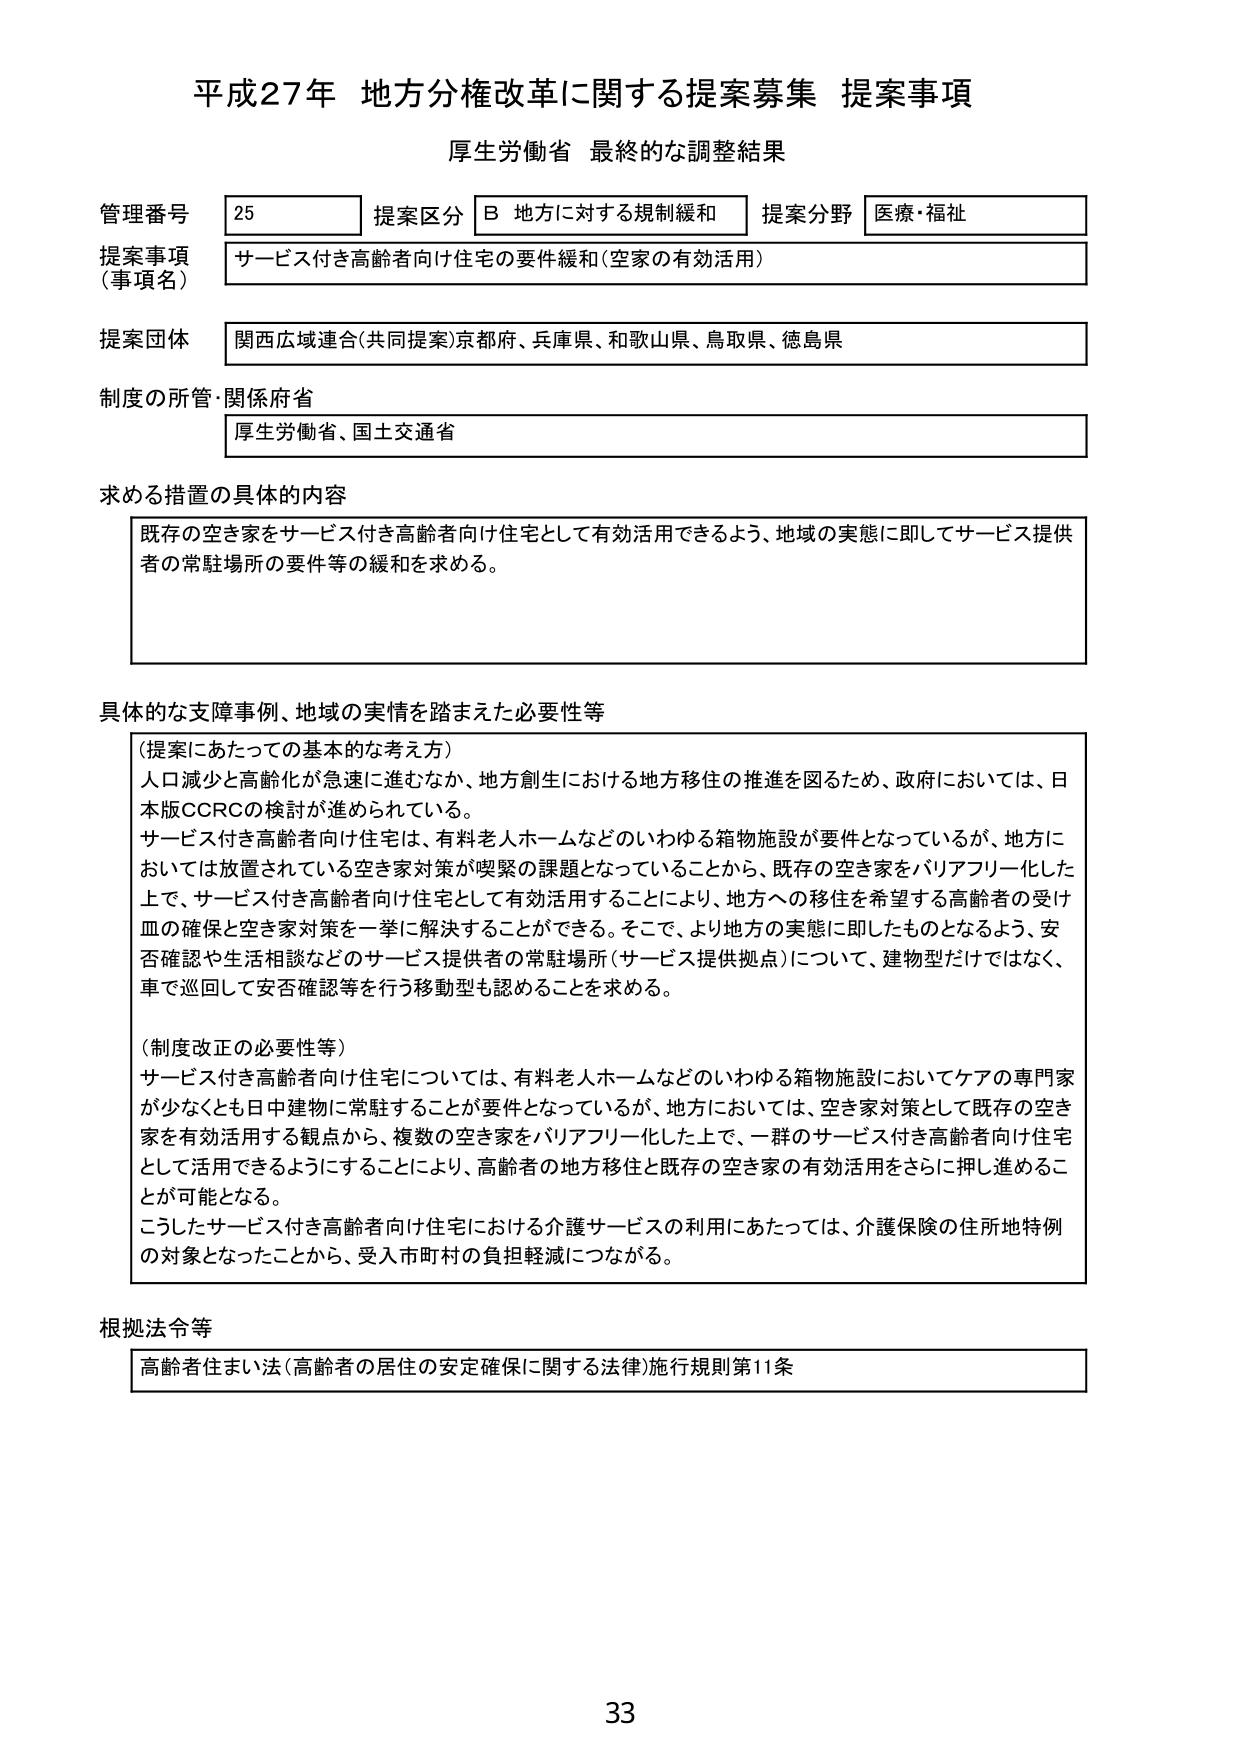
平成27年 地方分権改革に関する提案募集 提案事項
厚生労働省 最終的な調整結果

管理番号 25
提案区分 B 地方に対する規制緩和
提案分野 医療・福祉

提案事項（事項名）
サービス付き高齢者向け住宅の要件緩和（空家の有効活用）

提案団体
関西広域連合（共同提案）京都府、兵庫県、和歌山県、鳥取県、徳島県

制度の所管・関係府省
厚生労働省、国土交通省

求める措置の具体的内容
既存の空き家をサービス付き高齢者向け住宅として有効活用できるよう、地域の実態に即してサービス提供者の常駐場所の要件等の緩和を求める。

具体的な支障事例、地域の実情を踏まえた必要性等
（提案にあたっての基本的な考え方）
人口減少と高齢化が急速に進むなか、地方創生における地方移住の推進を図るため、政府においては、日本版CCRCの検討が進められている。
サービス付き高齢者向け住宅は、有料老人ホームなどのいわゆる箱物施設が要件となっているが、地方においては放置されている空き家対策が喫緊の課題となっていることから、既存の空き家をバリアフリー化した上で、サービス付き高齢者向け住宅として有効活用することにより、地方への移住を希望する高齢者の受け皿の確保と空き家対策を一挙に解決することができる。そこで、より地方の実態に即したものとなるよう、安否確認や生活相談などのサービス提供者の常駐場所（サービス提供拠点）について、建物型だけではなく、車で巡回して安否確認等を行う移動型も認めることを求める。

（制度改正の必要性等）
サービス付き高齢者向け住宅については、有料老人ホームなどのいわゆる箱物施設においてケアの専門家が少なくとも日中建物に常駐することが要件となっているが、地方においては、空き家対策として既存の空き家を有効活用する観点から、複数の空き家をバリアフリー化した上で、一群のサービス付き高齢者向け住宅として活用できるようにすることにより、高齢者の地方移住と既存の空き家の有効活用をさらに押し進めることが可能となる。
こうしたサービス付き高齢者向け住宅における介護サービスの利用にあたっては、介護保険の住所地特例の対象となったことから、受入市町村の負担軽減につながる。

根拠法令等
高齢者住まい法（高齢者の居住の安定確保に関する法律）施行規則第11条

33